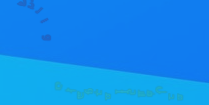
محل فلاح للمجوهرات والذهب